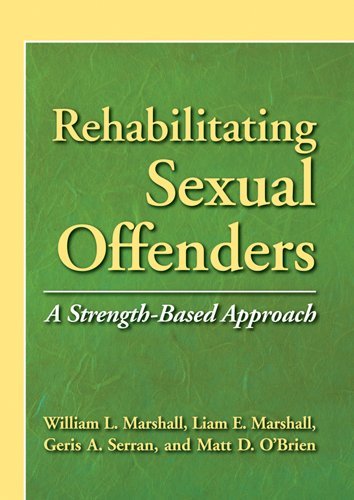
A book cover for Rehabilitating Sexual Offenders: A Strength-Based Approach; Health, Fitness & Dieting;